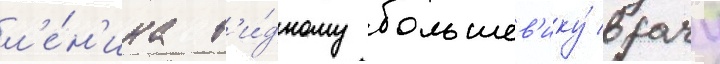
л'е́н'ина в'и́дному большев'ику́ врачу